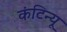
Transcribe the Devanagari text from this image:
कंटिन्यू